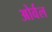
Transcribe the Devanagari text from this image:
ओर्वल